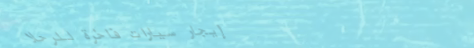
إيجار سيارات فاخرة للرحلا